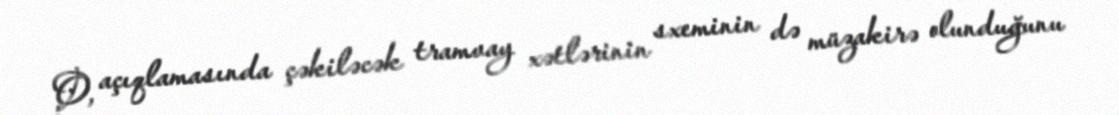
O, açıqlamasında çəkiləcək tramvay xətlərinin sxeminin də müzakirə olunduğunu